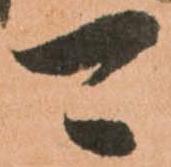
可